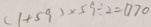
( 1 + 5 9 ) \times 5 9 \div 2 = 1 7 7 0